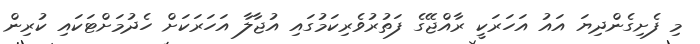
މި ފެށިގެންދިޔަ އައު އަހަރަކީ ރާއްޖޭގެ ފަތުރުވެރިކަމުގައި އުޖާލާ އަހަރަކަށް ހެދުމަށްޓަކައި ކުރިން